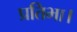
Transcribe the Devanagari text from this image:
प्रतिभा।